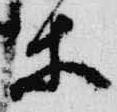
等